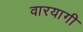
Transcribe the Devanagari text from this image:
वारयागी